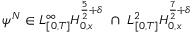
\psi ^ { N } \in L _ { [ 0 , T ] } ^ { \infty } H _ { 0 , x } ^ { \frac { 5 } { 2 } + \delta } \ \cap \ L _ { [ 0 , T ] } ^ { 2 } H _ { 0 , x } ^ { \frac { 7 } { 2 } + \delta }